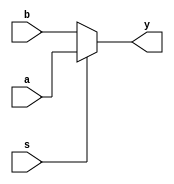
module mux21(a,b,s,y);
	input a,b,s;
	output y;
	reg y;
	always @(a,b,s)
    
        

	if(s==1) y=a;
	else y=b;
        

	
endmodule